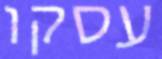
עסקו